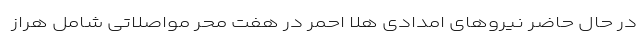
در حال حاضر نیروهای امدادی هلا احمر در هفت محر مواصلاتی شامل هراز